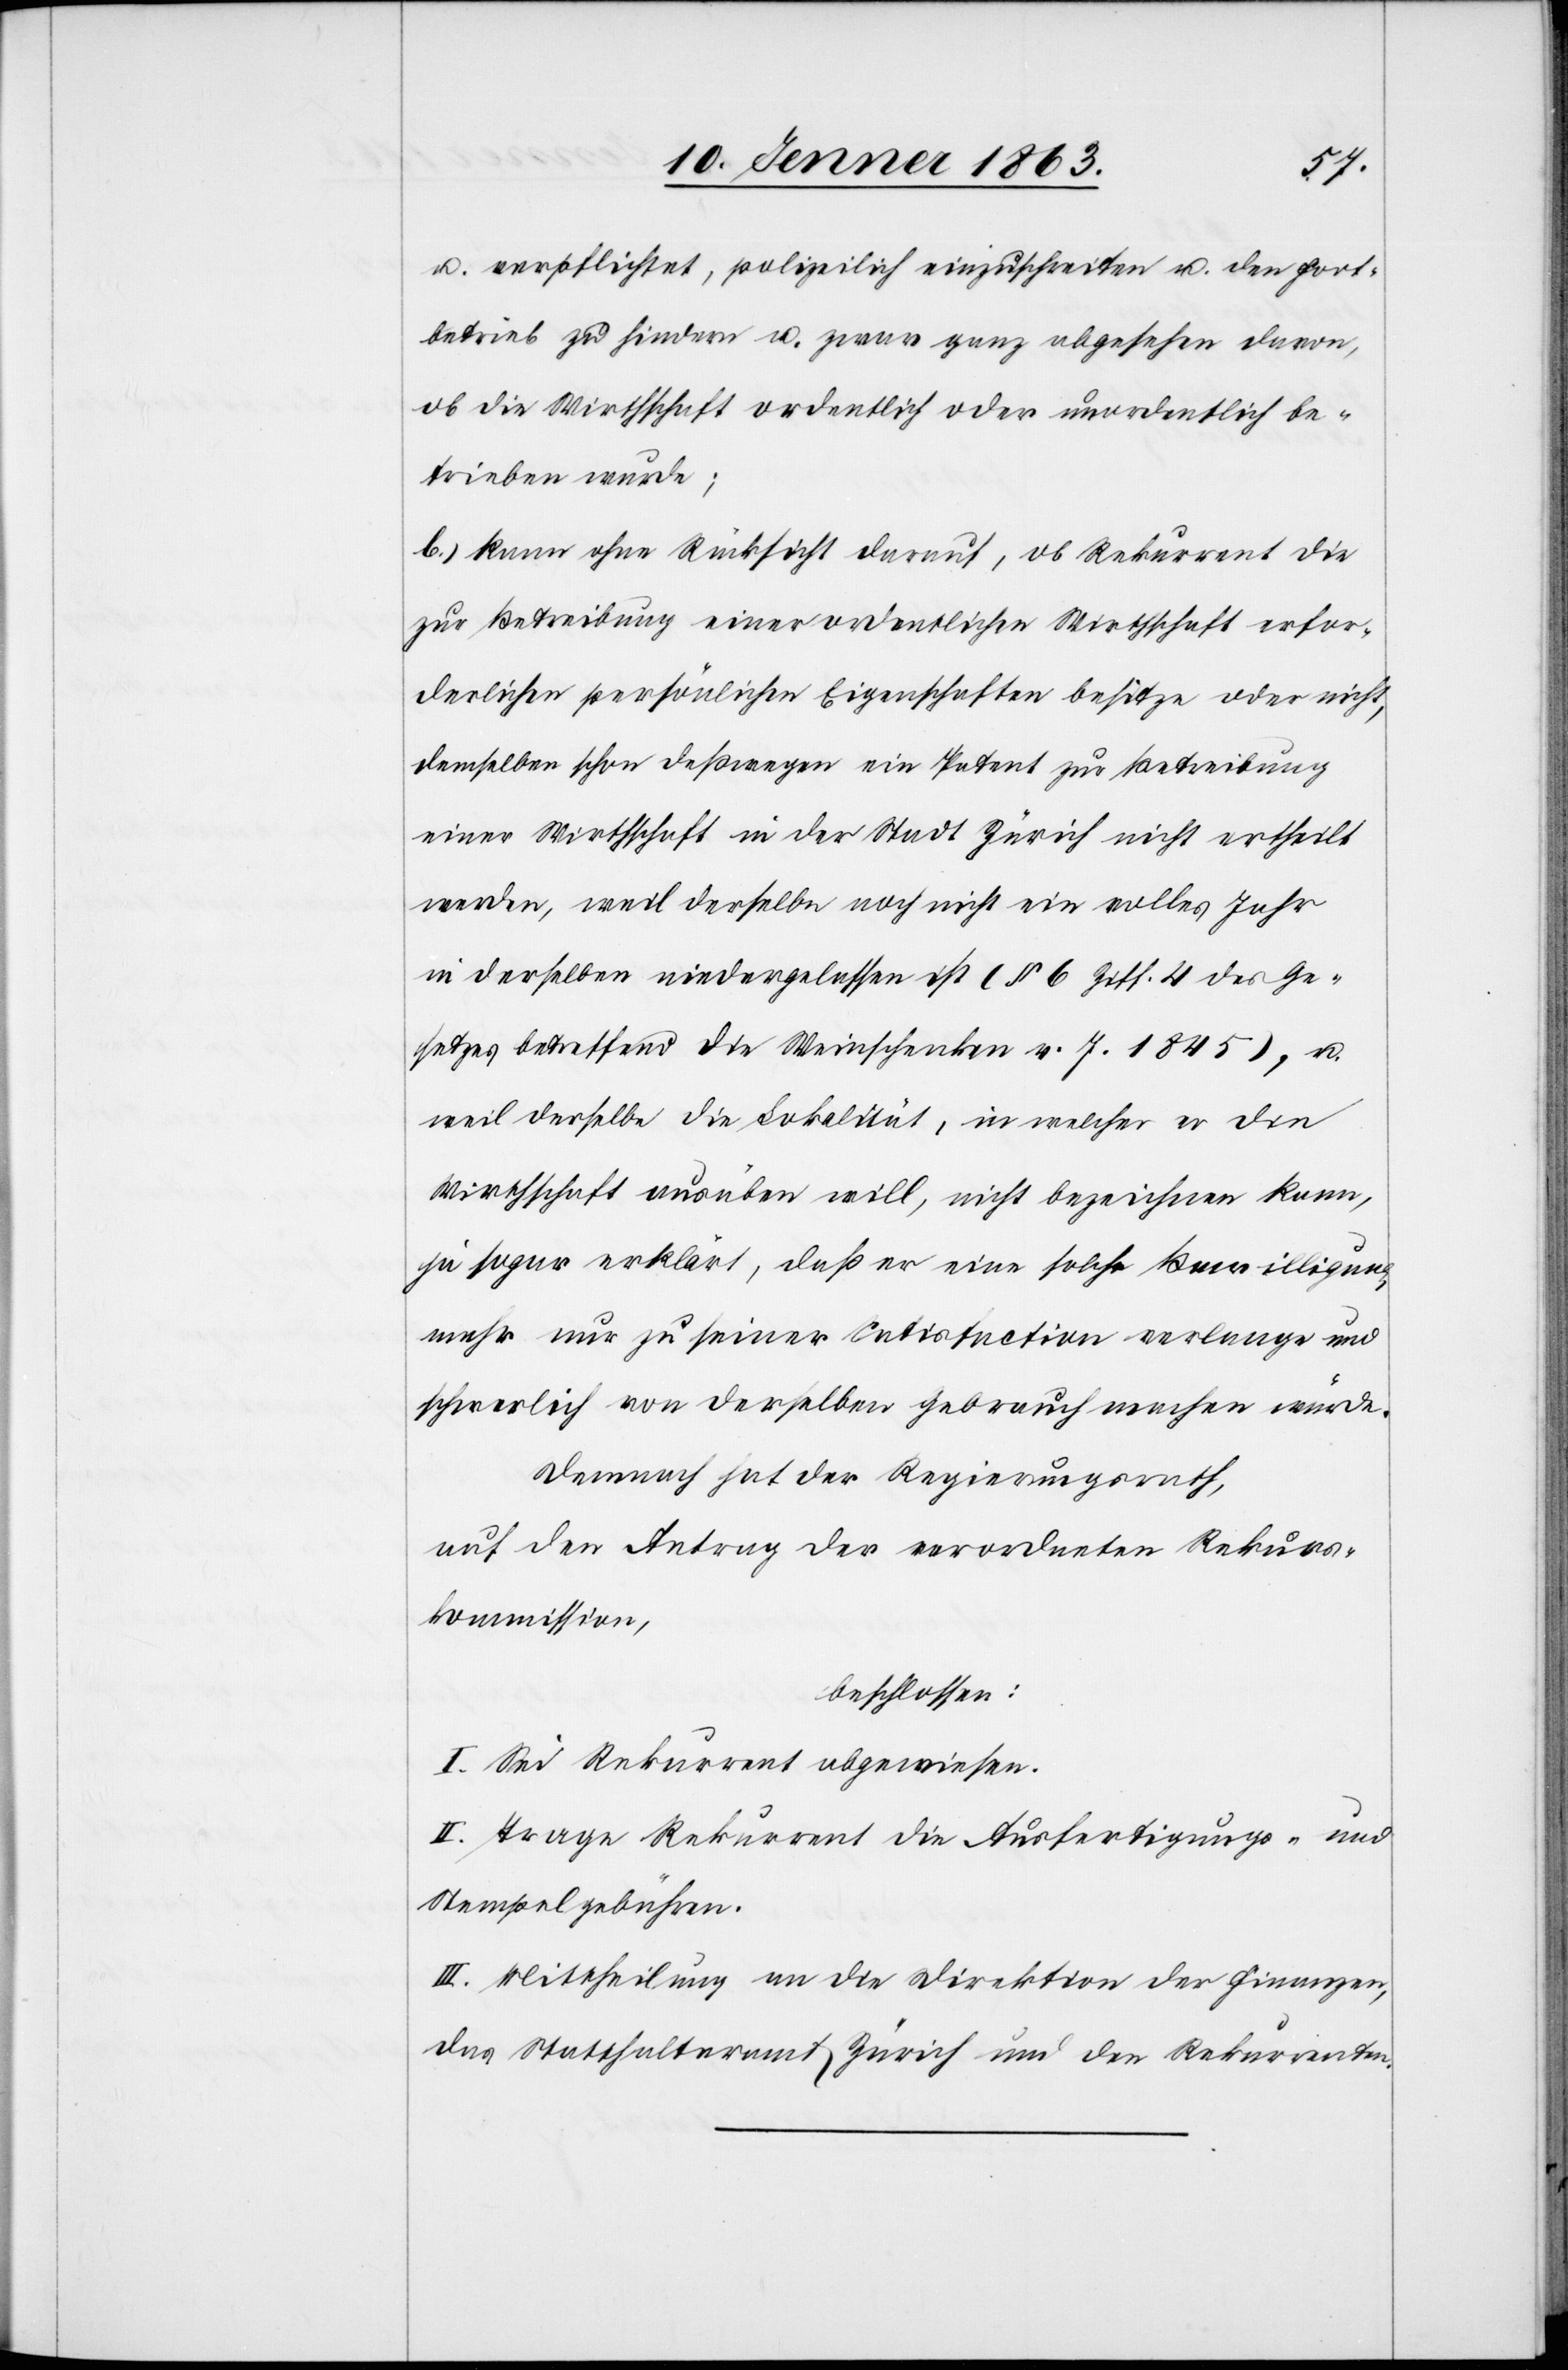
u. verpflichtet, polizeilich einzuschreiten u. den Fort¬
betrieb zu hindern u. zwar ganz abgesehen davon,
ob die Wirthschaft ordentlich oder unordentlich be¬
trieben wurde;
b.) kann ohne Rücksicht darauf, ob Rekurrent die
zur Betreibung einer ordentlichen Wirthschaft erfor¬
derlichen persönlichen Eigenschaften besitze oder nicht,
demselben schon deßwegen ein Patent zur Betreibung
einer Wirthschaft in der Stadt Zürich nicht ertheilt
werden, weil derselbe noch nicht ein volles Jahr
in derselben niedergelassen ist (§ 6 Ziff. 4 des Ge¬
setzes betreffend die Weinschenken v. J. 1845), u.
weil derselbe die Lokalität, in welcher er die
Wirthschaft ausüben will, nicht bezeichnen kann,
ja sogar erklärt, daß er eine solche Bewilligung
mehr nur zu seiner Satisfaction verlange und
schwerlich von derselben Gebrauch machen würde.
Demnach hat der Regierungsrath,
auf den Antrag der verordneten Rekurs¬
kommission,
beschlossen:
I. Sei Rekurrent abgewiesen.
II. Trage Rekurrent die Ausfertigungs- und
Stempelgebühren.
III. Mittheilung an die Direktion der Finanzen,
das Statthalteramt Zürich und den Rekurrenten.